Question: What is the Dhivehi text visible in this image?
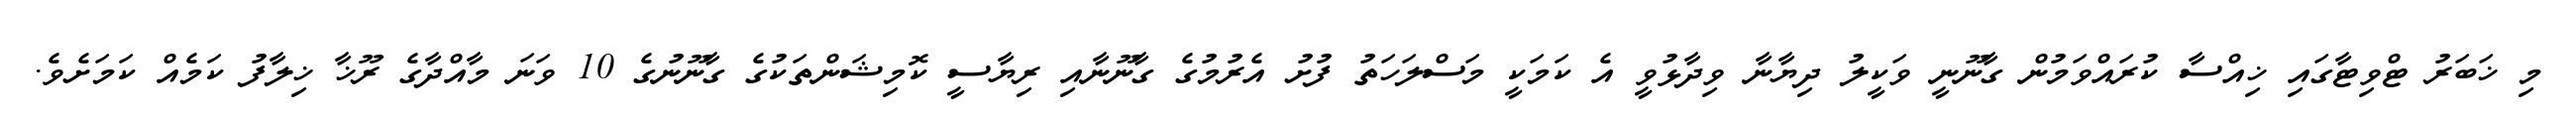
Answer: މި ޚަބަރު ޓްވިޓާގައި ޚިއްސާ ކުރައްވަމުން ގާނޫނީ ވަކީލު ދިޔާނާ ވިދާޅުވީ އެ ކަމަކީ މަސްލަހަތު ފުށު އެރުމުގެ ގާނޫނާއި ރިޔާސީ ކޮމިޝަންތަކުގެ ގާނޫނުގެ 10 ވަނަ މާއްދާގެ ރޫޚާ ޚިލާފު ކަމެއް ކަމަށެވެ.